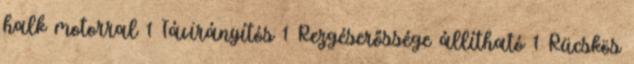
halk motorral 1 Távirányítós 1 Rezgéserőssége állítható 1 Rücskös